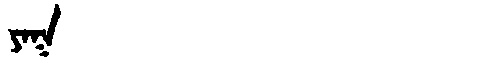
Manchu: ᠶᠠᡴ
Romanization: YAK